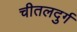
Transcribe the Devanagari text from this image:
चीतलदुर्ग